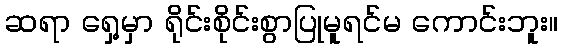
ဆရာ ရှေ့မှာ ရိုင်းစိုင်းစွာပြုမူရင်မ ကောင်းဘူး။